画像に写った文字を読んでください
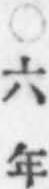
「○六年」と書いてあります